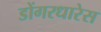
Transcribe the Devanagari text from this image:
डोंगरधारेस